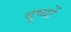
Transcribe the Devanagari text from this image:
दूष्यों